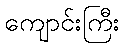
ကျောင်းကြီး